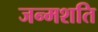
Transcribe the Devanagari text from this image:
जन्मशति